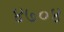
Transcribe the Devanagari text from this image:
४७०४